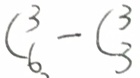
C ^ { 3 } _ { 6 } - C ^ { 3 } _ { 3 }